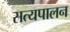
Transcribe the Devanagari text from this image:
सत्यपालन